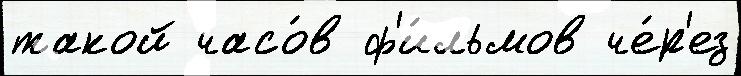
такой часо́в ф'и́льмов че́р'ез